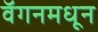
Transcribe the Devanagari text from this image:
वॅगनमधून